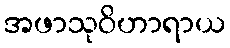
အဖာသုဝိဟာရာယ